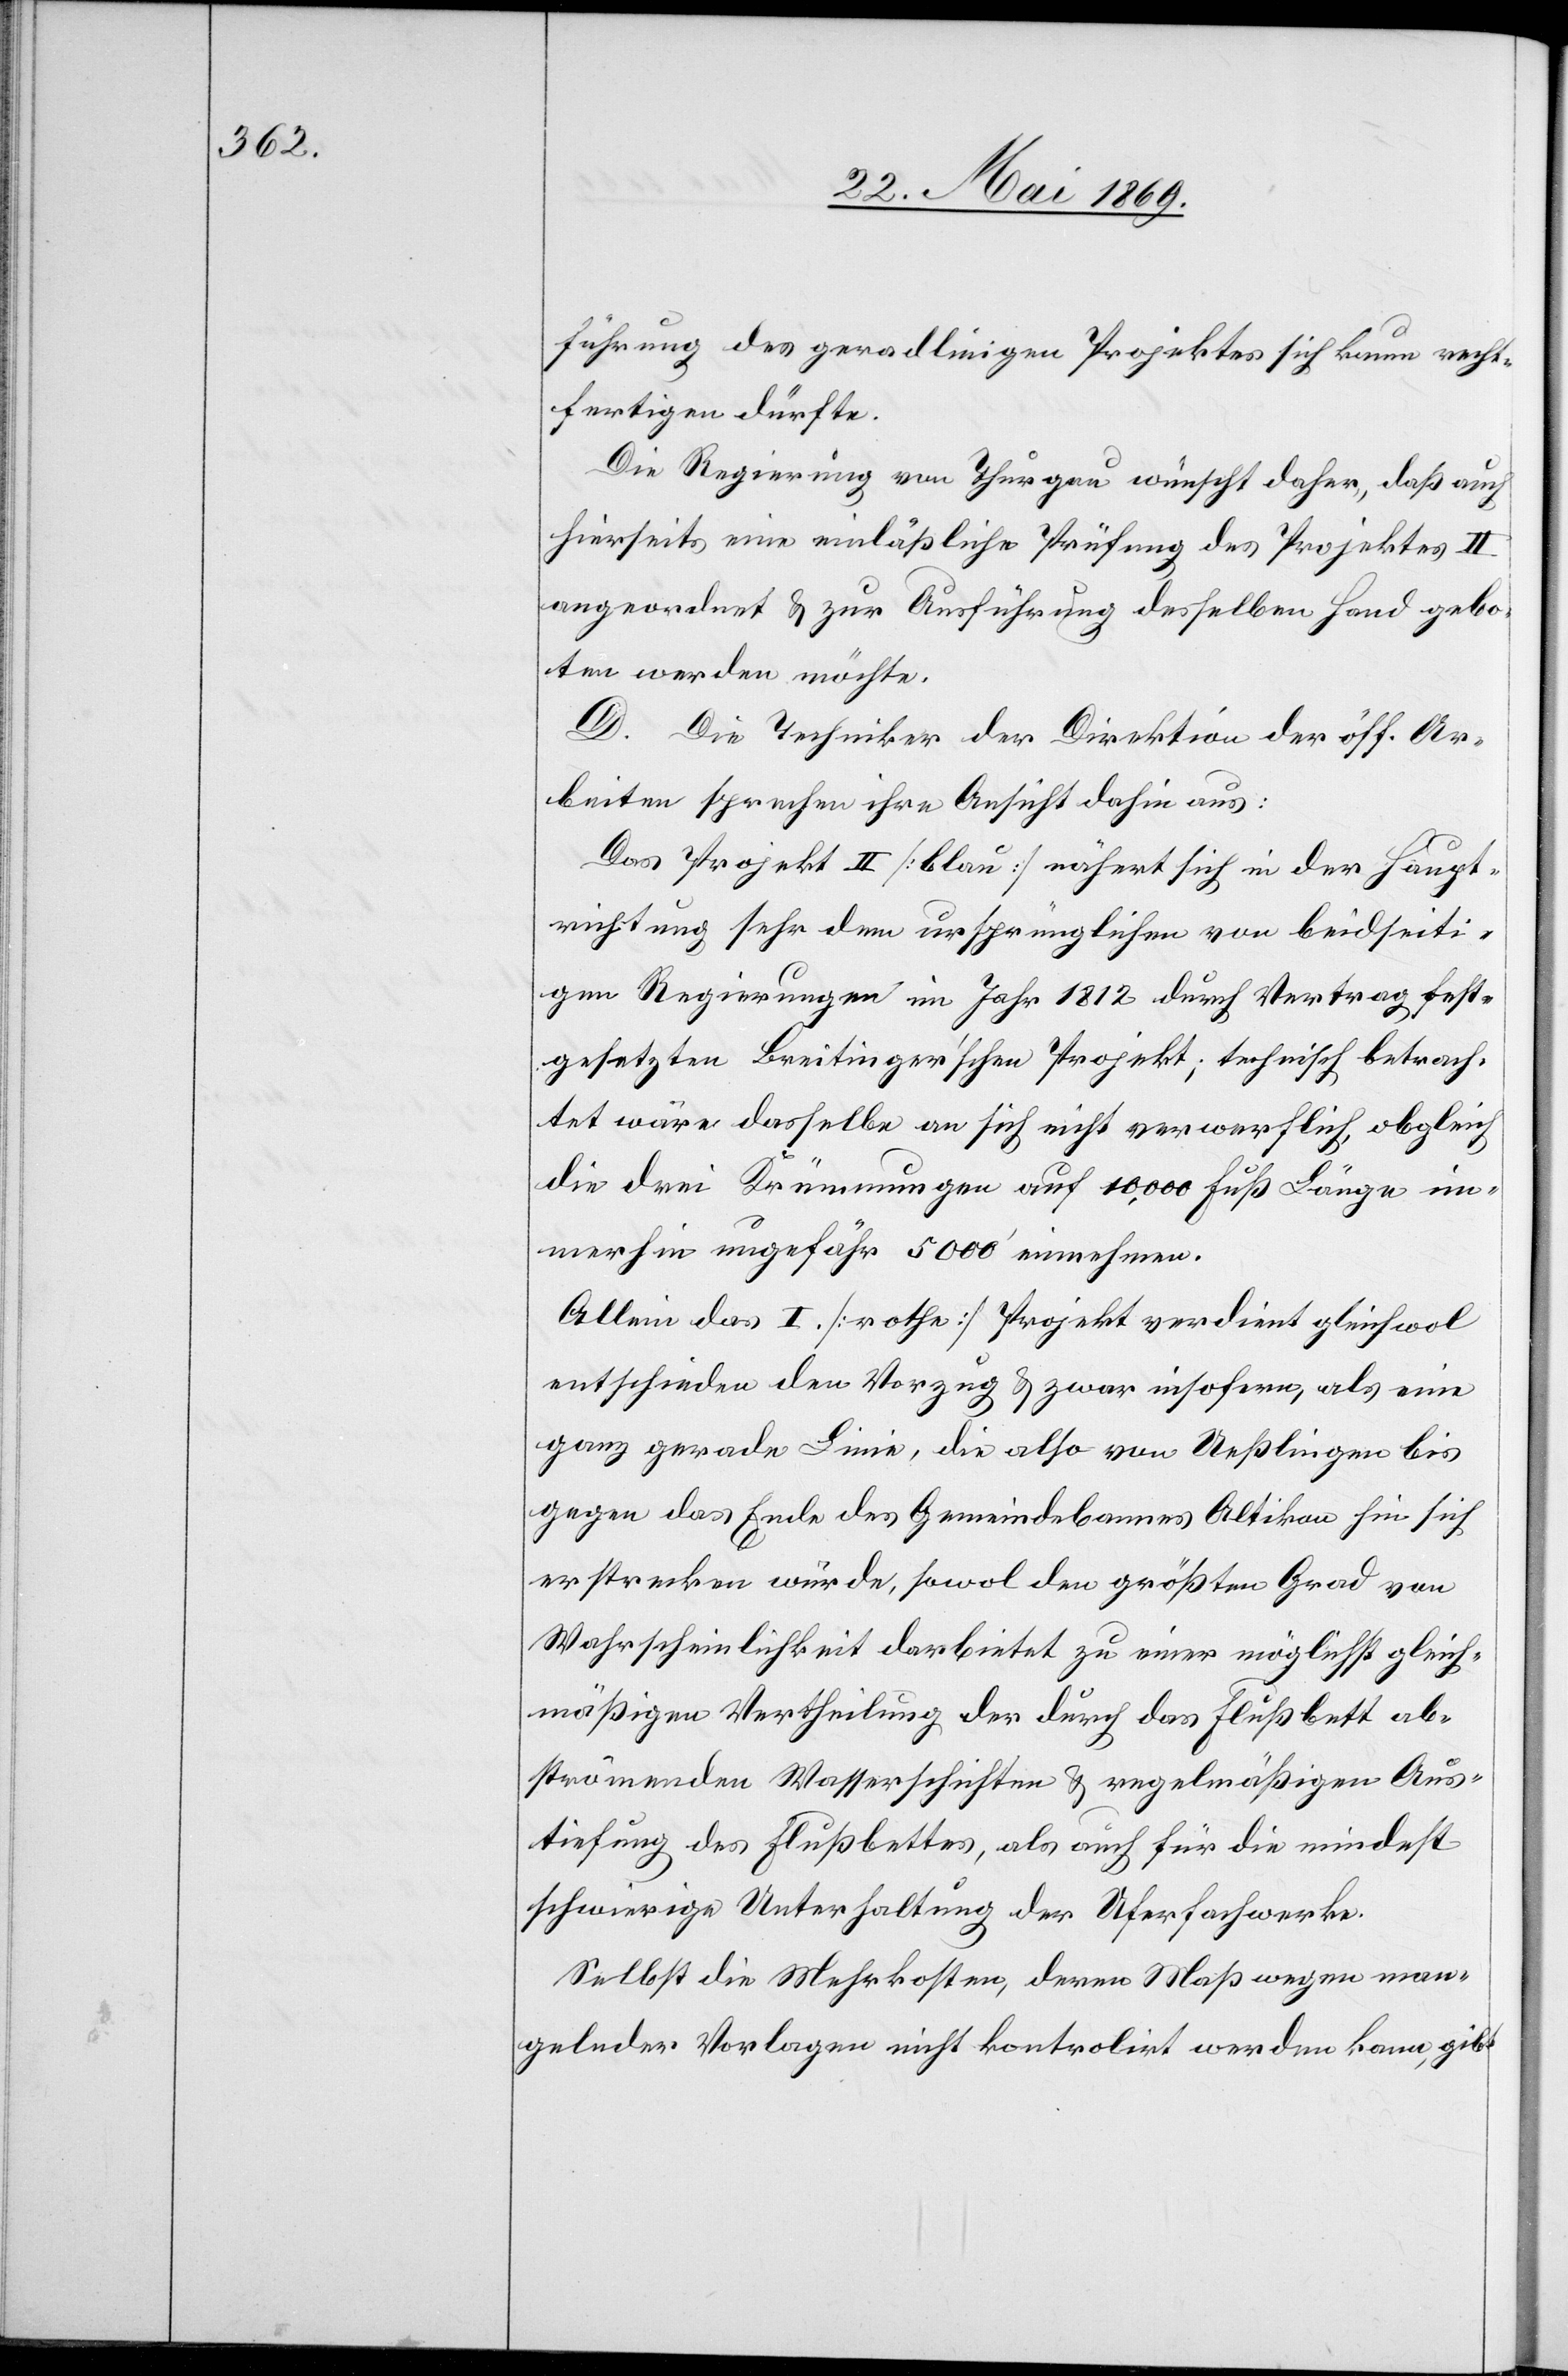
führung des geradlinigen Projektes sich kaum recht¬
fertigen dürfe.
Die Regierung von Thurgau wünscht daher, daß auch
hierseits eine einläßliche Prüfung des Projektes II
angeordnet u. zur Ausführung desselben Hand gebo¬
ten werden möchte.
D. Die Techniker der Direktion der öff. Ar¬
beiten sprechen ihre Ansicht dahin aus:
Das Projekt II [blau] nähert sich in der Haupt¬
richtung sehr dem ursprünglichen von beidseiti¬
gen Regierungen im Jahr 1812 durch Vertrag fest¬
gesetzten Breitinger’schen Projekt; technisch betrach¬
tet wäre dasselbe an sich nicht verwerflich, obgleich
die drei Krümmungen auf 10,000 Fuß Länge im¬
merhin ungefähr 5000’ einnehmen.
Allein das I. [rothe] Projekt verdient gleichwol
entschieden den Vorzug u. zwar insofern, als eine
ganz gerade Linie, die also von Ueßlingen bis
gegen das Ende des Gemeindebannes Altikon hin sich
erstrecken würde, sowol den größten Grad von
Wahrscheinlichkeit darbietet zu einer möglichst gleich¬
mäßigen Vertheilung der durch das Flußbett ab¬
strömenden Wasserschichten u. regelmäßigen Aus¬
tiefung des Flußbettes, als auch für die mindest
schwierige Unterhaltung der Uferfahrwerke.
Selbst die Mehrkosten, deren Maß wegen man¬
gelnder Vorlagen nicht kontrolirt werden kann, gibt